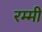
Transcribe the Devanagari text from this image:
रम्मी